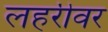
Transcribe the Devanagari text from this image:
लहरीवर